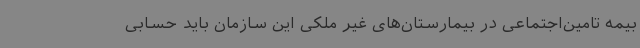
بیمه تامین‌اجتماعی در بیمارستان‌های غیر ملکی این سازمان باید حسابی